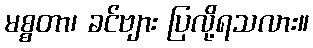
မစ္စတာ၊ ခင်ဗျား ပြလို့ရသလား။